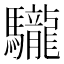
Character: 䮾